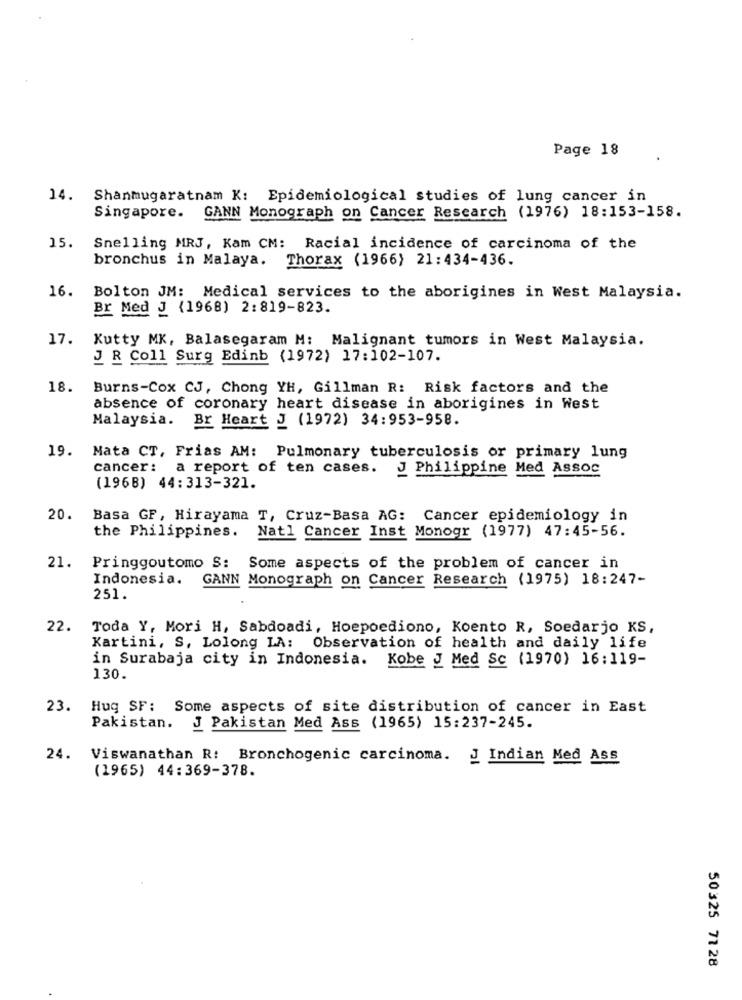
Page 18
14. Shanmugaratnam K: Epidemiological studies of lung cancer in
Singapore. GANN Monograph on Cancer Research (1976) 18:153-158.
15.
Snelling MRJ, Kam CM: Racial incidence of carcinoma of the
bronchus in Malaya. Thorax (1966) 21:434-436.
16. Bolton JM: Medical services to the aborigines in West Malaysia.
Br Med J (1968) 2:819-823.
17.
Kutty MK, Balasegaram M: Malignant tumors in West Malaysia.
JR Coll Surg Edinb (1972) 17:102-107.
18.
Burns-Cox CJ, Chong YH, Gillman R: Risk factors and the
absence of coronary heart disease in aborigines in West
Malaysia.
Br Heart J (1972) 34:953-958.
19. Mata CT, Frias AM: Pulmonary tuberculosis or primary lung
cancer: a report of ten cases. J Philippine Med Assoc
(1968) 44:313-321.
20.
Basa GF, Hirayama T, Cruz-Basa AG: Cancer epidemiology in
the Philippines.
Natl Cancer Inst Monogr (1977) 47:45-56.
21.
Pringgoutomo S: Some aspects of the problem of cancer in
Indonesia. GANN Monograph on Cancer Research (1975) 18:247-
251.
22.
Toda Y, Mori H, Sabdoadi, Hoepoediono, Koento R, Soedarjo KS,
Kartini, S, Lolong LA: Observation of health and daily life
in Surabaja city in Indonesia. Kobe J Med Sc (1970) 16:119-
130.
23. Huq SF: Some aspects of site distribution of cancer in East
Pakistan. J Pakistan Med Ass (1965) 15:237-245.
24.
Viswanathan R: Bronchogenic carcinoma. J Indian Med Ass
(1965) 44:369-378.
50325 71 28